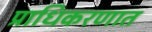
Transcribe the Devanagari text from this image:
प्राधिकरणात